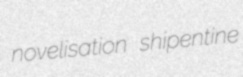
novelisation shipentine